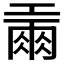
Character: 𢀪